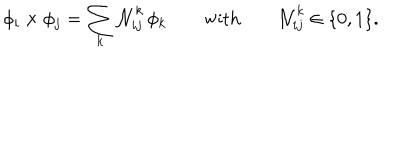
LaTeX: \phi _ { i } \times \phi _ { j } = \sum _ { k } { \cal N } _ { i j } ^ { k } \, \phi _ { k } \qquad \textrm { w i t h } \qquad { \cal N } _ { i j } ^ { k } \in \{ 0 , 1 \} .